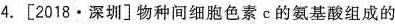
4.[2018·深圳]物种间细胞色素c的氨基酸组成的